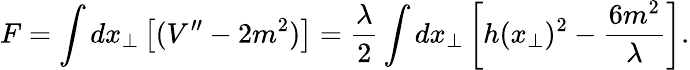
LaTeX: F=\int dx_{\bot}\left[(V^{\prime\prime}-2m^{2})\right]=\frac{\lambda}{2}\int dx_{\bot}\left[h(x_{\bot})^{2}-\frac{6m^{2}}{\lambda}\right].